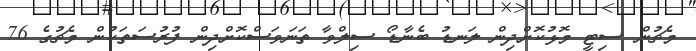
މެޗުން ސިޓީ މޮޅުކޮށްދިން ލަނޑު ބެނާޑޯ ސިލްވާ ތަނަވަސްކޮށްދިން ފުރުސަތަކުން މެޗުގެ 76